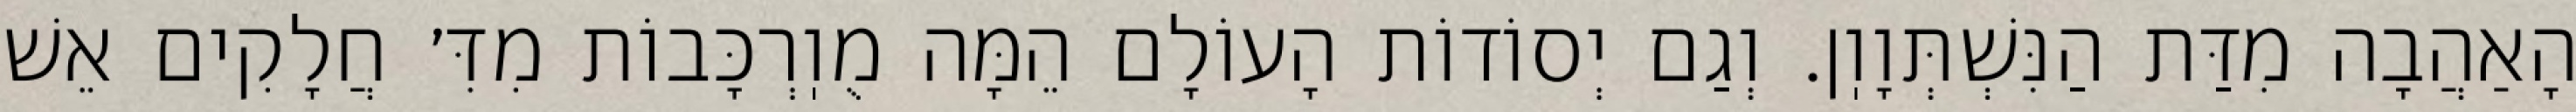
הָאַהֲבָה מִדַּת הַנִּשְׁתְּוָוֽן. וְגַם יְסוֹדוֹת הָעוֹלָם הֵמָּה מֻוֽרְכָּבוֹת מִדִּ׳ חֲלָקִים אֵשׁ